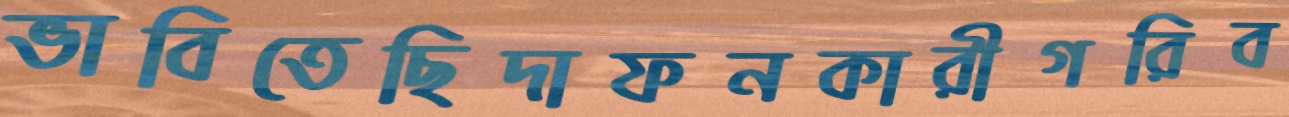
ভাবিতেছিদাফনকারীগরিব